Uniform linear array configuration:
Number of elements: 16
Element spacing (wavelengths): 1
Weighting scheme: cosine
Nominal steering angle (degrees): -30
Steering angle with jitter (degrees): -30.287
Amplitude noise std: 0.05
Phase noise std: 0.05

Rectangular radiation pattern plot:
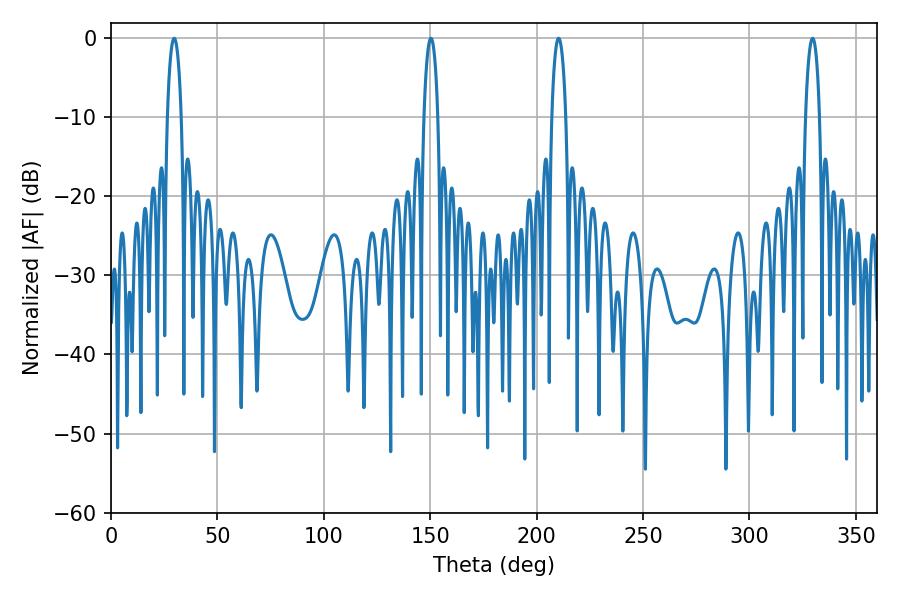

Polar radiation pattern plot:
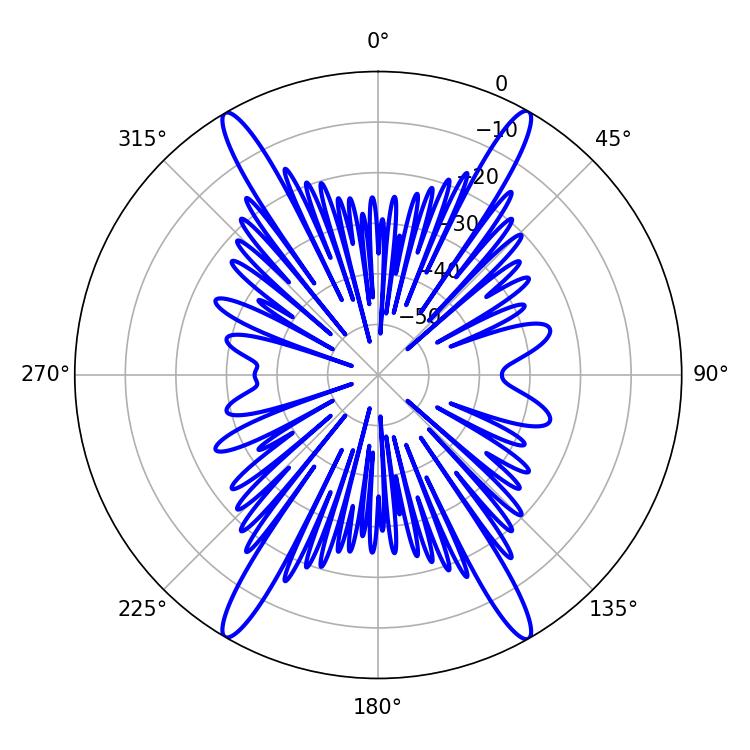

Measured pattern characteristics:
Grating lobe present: TRUE
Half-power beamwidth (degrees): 3.6
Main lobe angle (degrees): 150.3